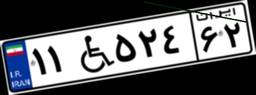
۹۹W۹۵۱۴۲